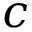
c